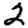
Digit: 2